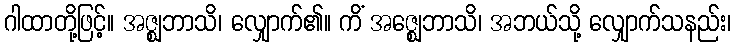
ဂါထာတို့ဖြင့်။ အဇ္ဈဘာသိ၊ လျှောက်၏။ ကိံ အဇ္ဈေဘာသိ၊ အဘယ်သို့ လျှောက်သနည်း၊